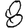
Digit: 8